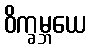
ဝိက္ခမ္ဘယေ